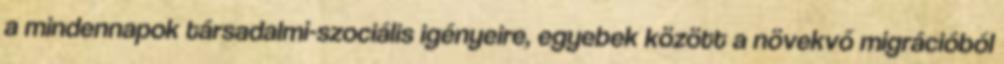
a mindennapok társadalmi-szociális igényeire, egyebek között a növekvő migrációból